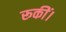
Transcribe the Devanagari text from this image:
रूकीं।